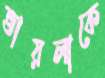
ভায়লাকে